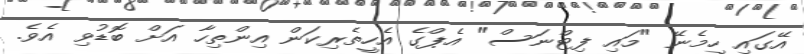
އޭގައި ހިމެނޭ "މައި ފިޓްނަސް" އެޕްގެ އެހީތެރިކަން އިންތިހާ އަށް ބޮޑުވި އެވެ.